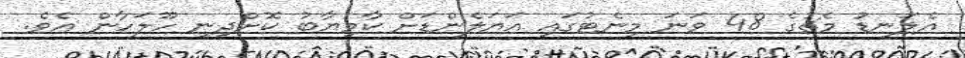
އެލަނޑު މެޗުގެ 48 ވަނަ މިނެޓުގައި އަޔަލެންޑަށް ކާމިޔާބު ކޮށްދިނީ ހޫލަހާން އެވެ.